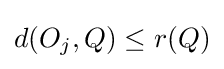
d(O_{j},Q)\leq r(Q)